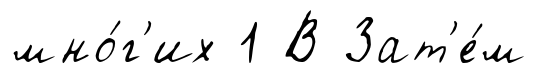
мно́г'их 1 В Зат'е́м